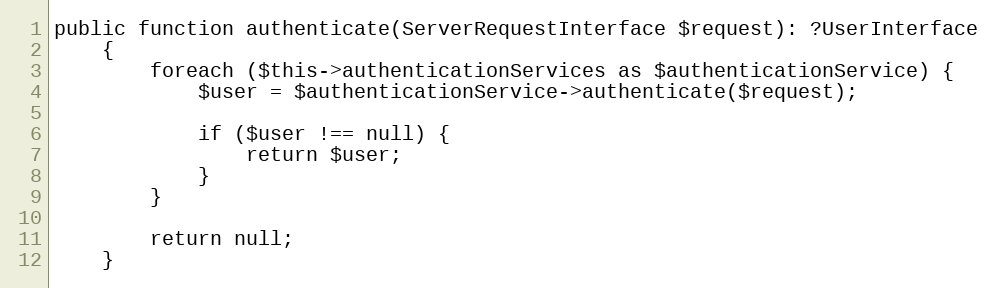
Language: PHP
public function authenticate(ServerRequestInterface $request): ?UserInterface
    {
        foreach ($this->authenticationServices as $authenticationService) {
            $user = $authenticationService->authenticate($request);

            if ($user !== null) {
                return $user;
            }
        }

        return null;
    }